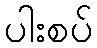
ပါးစပ်